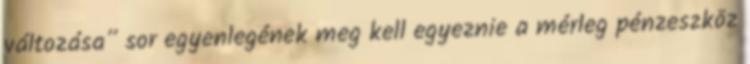
változása” sor egyenlegének meg kell egyeznie a mérleg pénzeszköz